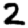
Digit: 2